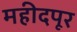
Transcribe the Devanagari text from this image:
महीदपूर